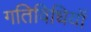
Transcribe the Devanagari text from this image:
गतिविधियॉं